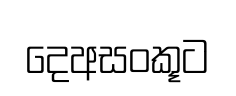
දෙඅසංකූට